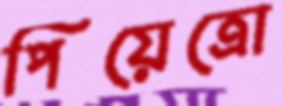
পিয়েত্রো